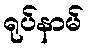
ရုပ်နာမ်